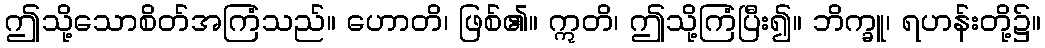
ဤသို့သောစိတ်အကြံသည်။ ဟောတိ၊ ဖြစ်၏။ ဣတိ၊ ဤသို့ကြံပြီး၍။ ဘိက္ခူ၊ ရဟန်းတို့၌။